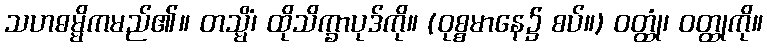
သဟဓမ္မိကမည်၏။ တသ္မိံ၊ ထိုသိက္ခာပုဒ်ကို။ (ဝုစ္စမာနေ၌ စပ်။) ဝတ္ထုံ၊ ဝတ္ထုကို။